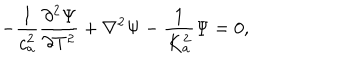
- \frac { 1 } { c _ { a } ^ { 2 } } \frac { \partial ^ { 2 } \Psi } { \partial T ^ { 2 } } + \nabla ^ { 2 } \Psi - \frac { 1 } { K _ { a } ^ { 2 } } \Psi = 0 ,